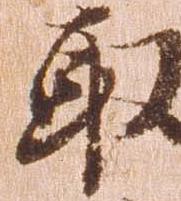
取